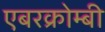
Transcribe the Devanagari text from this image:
एबरक्रोम्बी